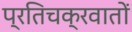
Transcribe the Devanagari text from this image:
प्रतिचक्रवातों